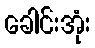
ခေါင်းအုံး